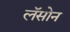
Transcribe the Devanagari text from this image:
लॅसोन